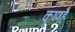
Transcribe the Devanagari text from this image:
कृष्णहै